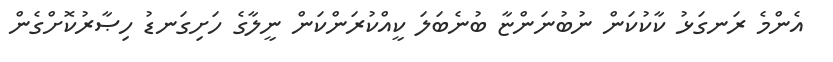
އެންމެ ރަނގަޅު ކާކުކަން ނުބުނަންޏާ ބުނެބަލަ ކީއްކުރަންކަން ނީލާގެ ހަށިގަނޑު ހިޞާރުކޮށްގެން